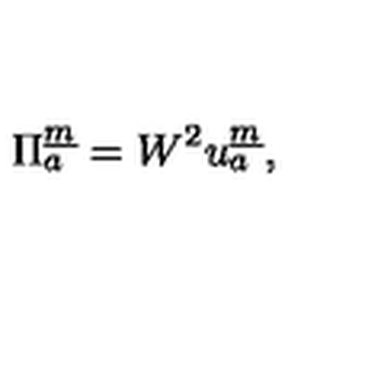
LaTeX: \Pi _ { { a } } ^ { \underline { { m } } } = W ^ { 2 } u _ { a } ^ { \underline { { m } } } ,